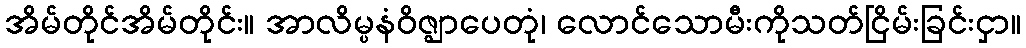
အိမ်တိုင်အိမ်တိုင်း။ အာလိမ္ပနံဝိဇ္ဈာပေတုံ၊ လောင်သောမီးကိုသတ်ငြိမ်းခြင်းငှာ။